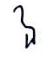
ឯ